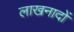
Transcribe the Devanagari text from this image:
लाखनादों